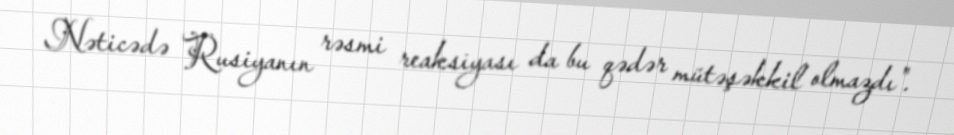
Nəticədə Rusiyanın rəsmi reaksiyası da bu qədər mütəşəkkil olmazdı".